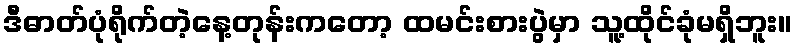
ဒီဓာတ်ပုံရိုက်တဲ့နေ့တုန်းကတော့ ထမင်းစားပွဲမှာ သူ့ထိုင်ခုံမရှိဘူး။